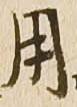
用